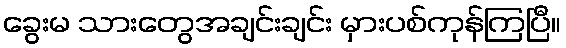
ခွေးမ သားတွေအချင်းချင်း မှားပစ်ကုန်ကြပြီ။